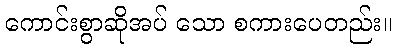
ကောင်းစွာဆိုအပ် သော စကားပေတည်း။